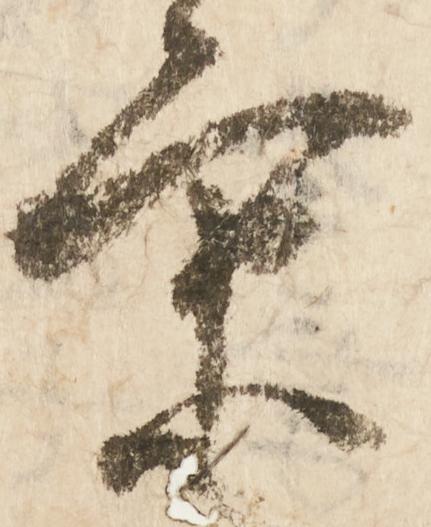
京